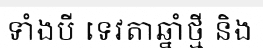
ទាំងបី ទេវតាឆ្នាំថ្មី និង